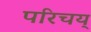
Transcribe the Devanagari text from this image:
परिचय्